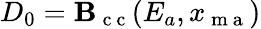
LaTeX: D_{0}={\cal\mathbf{B}}_{\mathrm{{~c~c~}}}(E_{a},x_{\mathrm{{~m~a~}}})